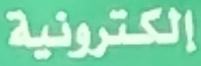
إلكترونية